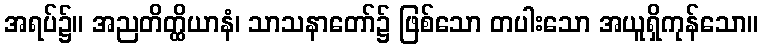
အရပ်၌။ အညတိတ္ထိယာနံ၊ သာသနာတော်၌ ဖြစ်သော တပါးသော အယူရှိကုန်သော။